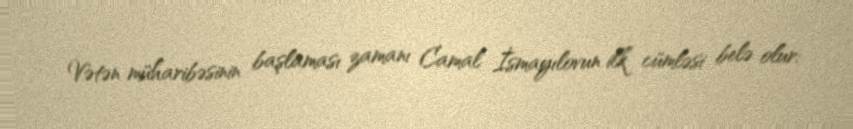
Vətən müharibəsinin başlaması zamanı Camal İsmayılovun ilk cümləsi belə olur: